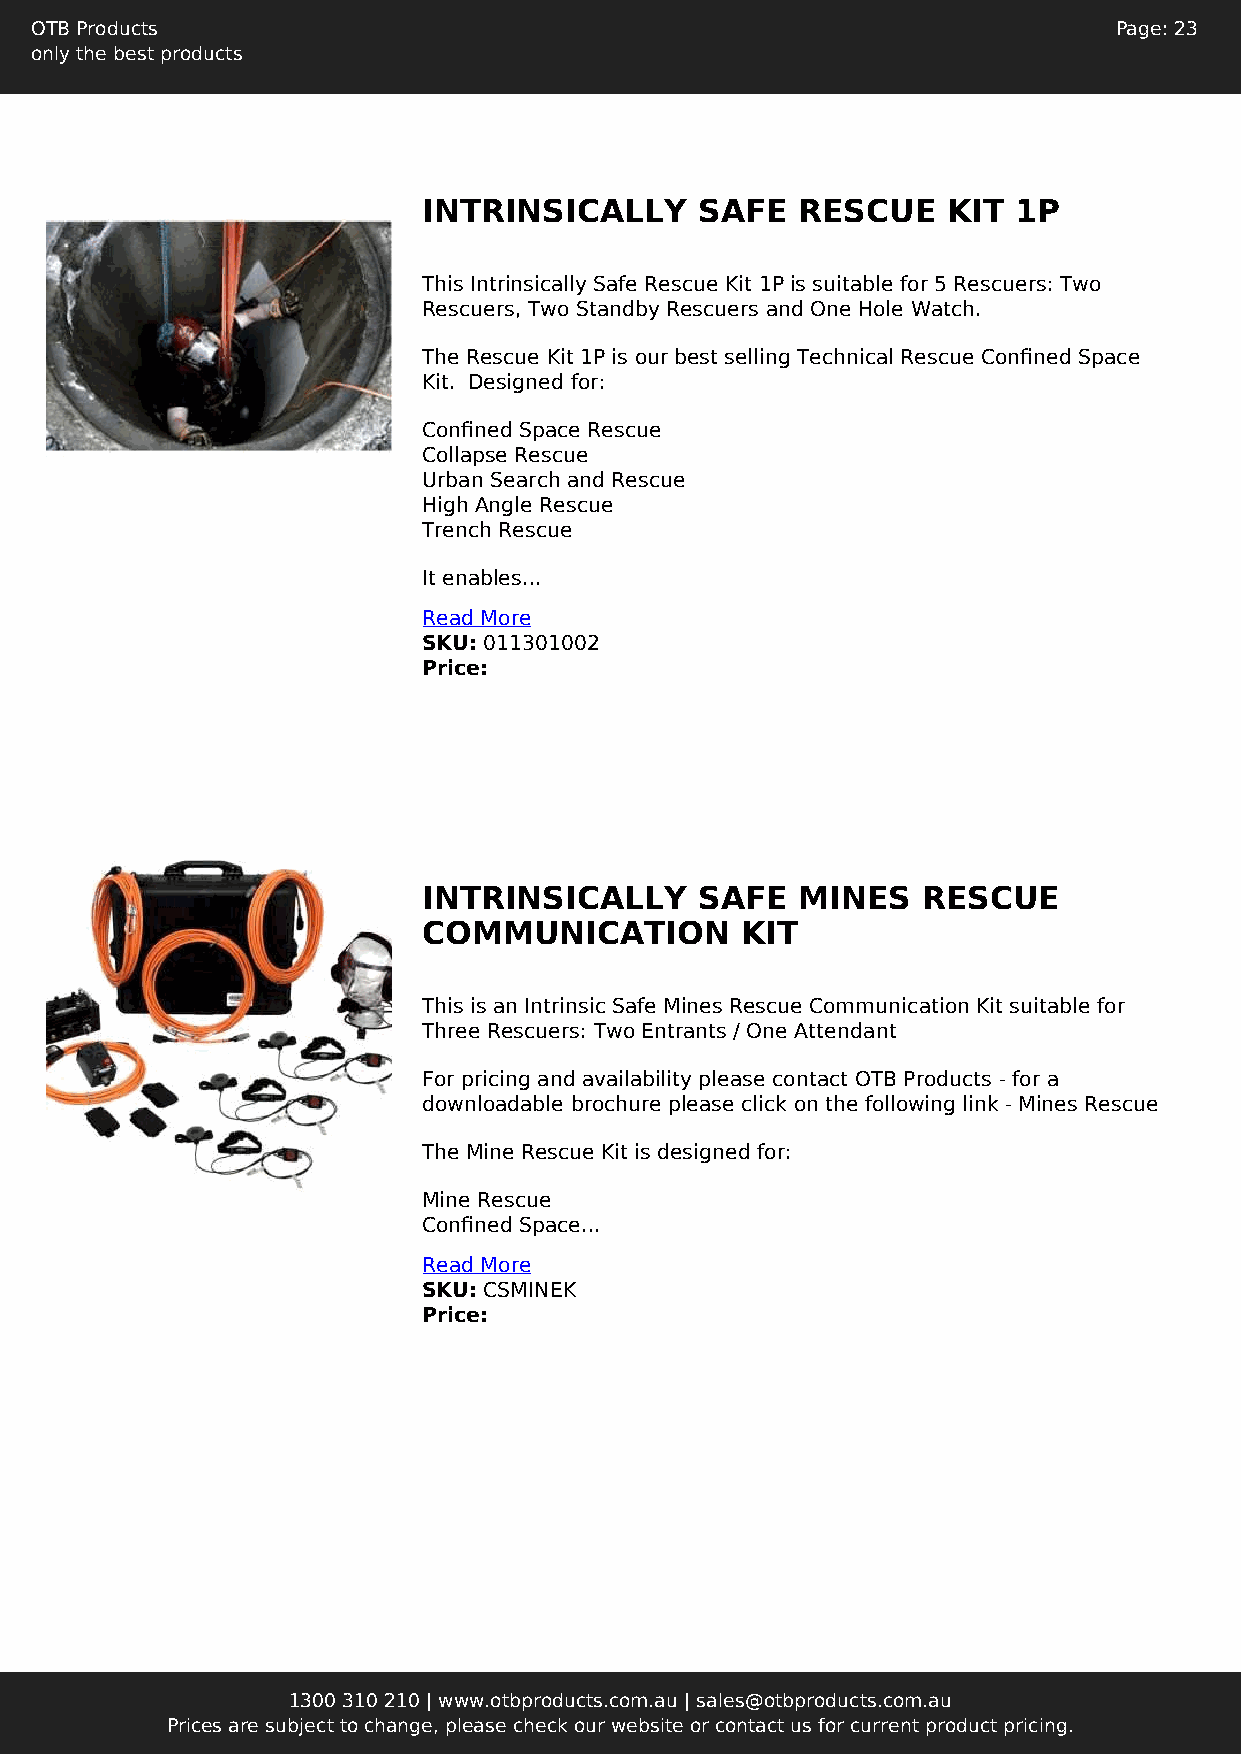
OTB Products                                                            Page: 23
 only the best products
 INTRINSICALLY     SAFE   RESCUE    KIT 1P
 This Intrinsically Safe Rescue Kit 1P is suitable for 5 Rescuers: Two
 Rescuers, Two Standby Rescuers and One Hole Watch.
 The Rescue Kit 1P is our best selling Technical Rescue Confined Space
 Kit. Designed for:
 Confined Space Rescue
 Collapse Rescue
 Urban Search and Rescue
 High Angle Rescue
 Trench Rescue
 It enables...
 Read More
 SKU: 011301002
 Price:
 INTRINSICALLY     SAFE   MINES   RESCUE
 COMMUNICATION        KIT
 This is an Intrinsic Safe Mines Rescue Communication Kit suitable for
 Three Rescuers: Two Entrants / One Attendant
 For pricing and availability please contact OTB Products - for a
 downloadable brochure please click on the following link - Mines Rescue
 The Mine Rescue Kit is designed for:
 Mine Rescue
 Confined Space...
 Read More
 SKU: CSMINEK
 Price:
 1300 310 210 | www.otbproducts.com.au | sales@otbproducts.com.au
 Prices are subject to change, please check our website or contact us for current product pricing.